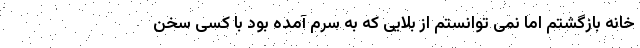
خانه بازگشتم اما نمی توانستم از بلایی که به سرم آمده بود با کسی سخن